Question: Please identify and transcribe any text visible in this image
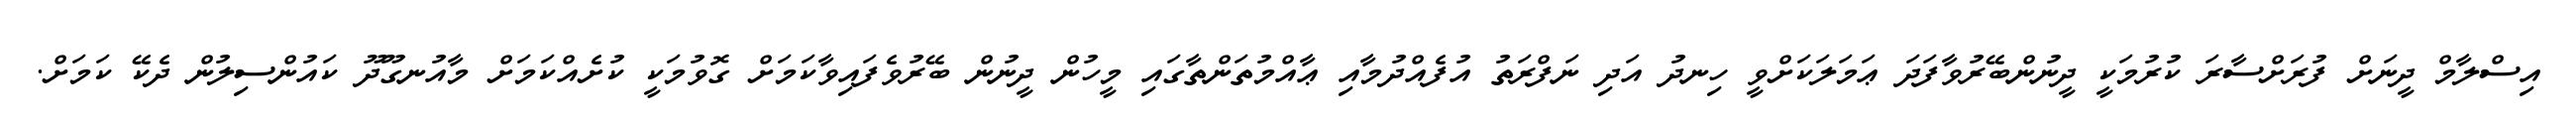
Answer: އިސްލާމް ދީނަށް ފުރަށްސާރަ ކުރުމަކީ ދީނުންބޭރުވާފަދަ ޢަމަލަކަށްވީ ހިނދު އަދި ނަފްރަތު އުފެއްދުމާއި ޢާއްމުތަންތާގައި މީހުން ދީނުން ބޭރުވެފައިވާކަމަށް ގޮވުމަކީ ކުށެއްކަމަށް މާއުނގޫދޫ ކައުންސިލުން ދެކޭ ކަމަށް.